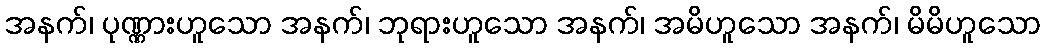
အနက်၊ ပုဏ္ဏားဟူသော အနက်၊ ဘုရားဟူသော အနက်၊ အမိဟူသော အနက်၊ မိမိဟူသော